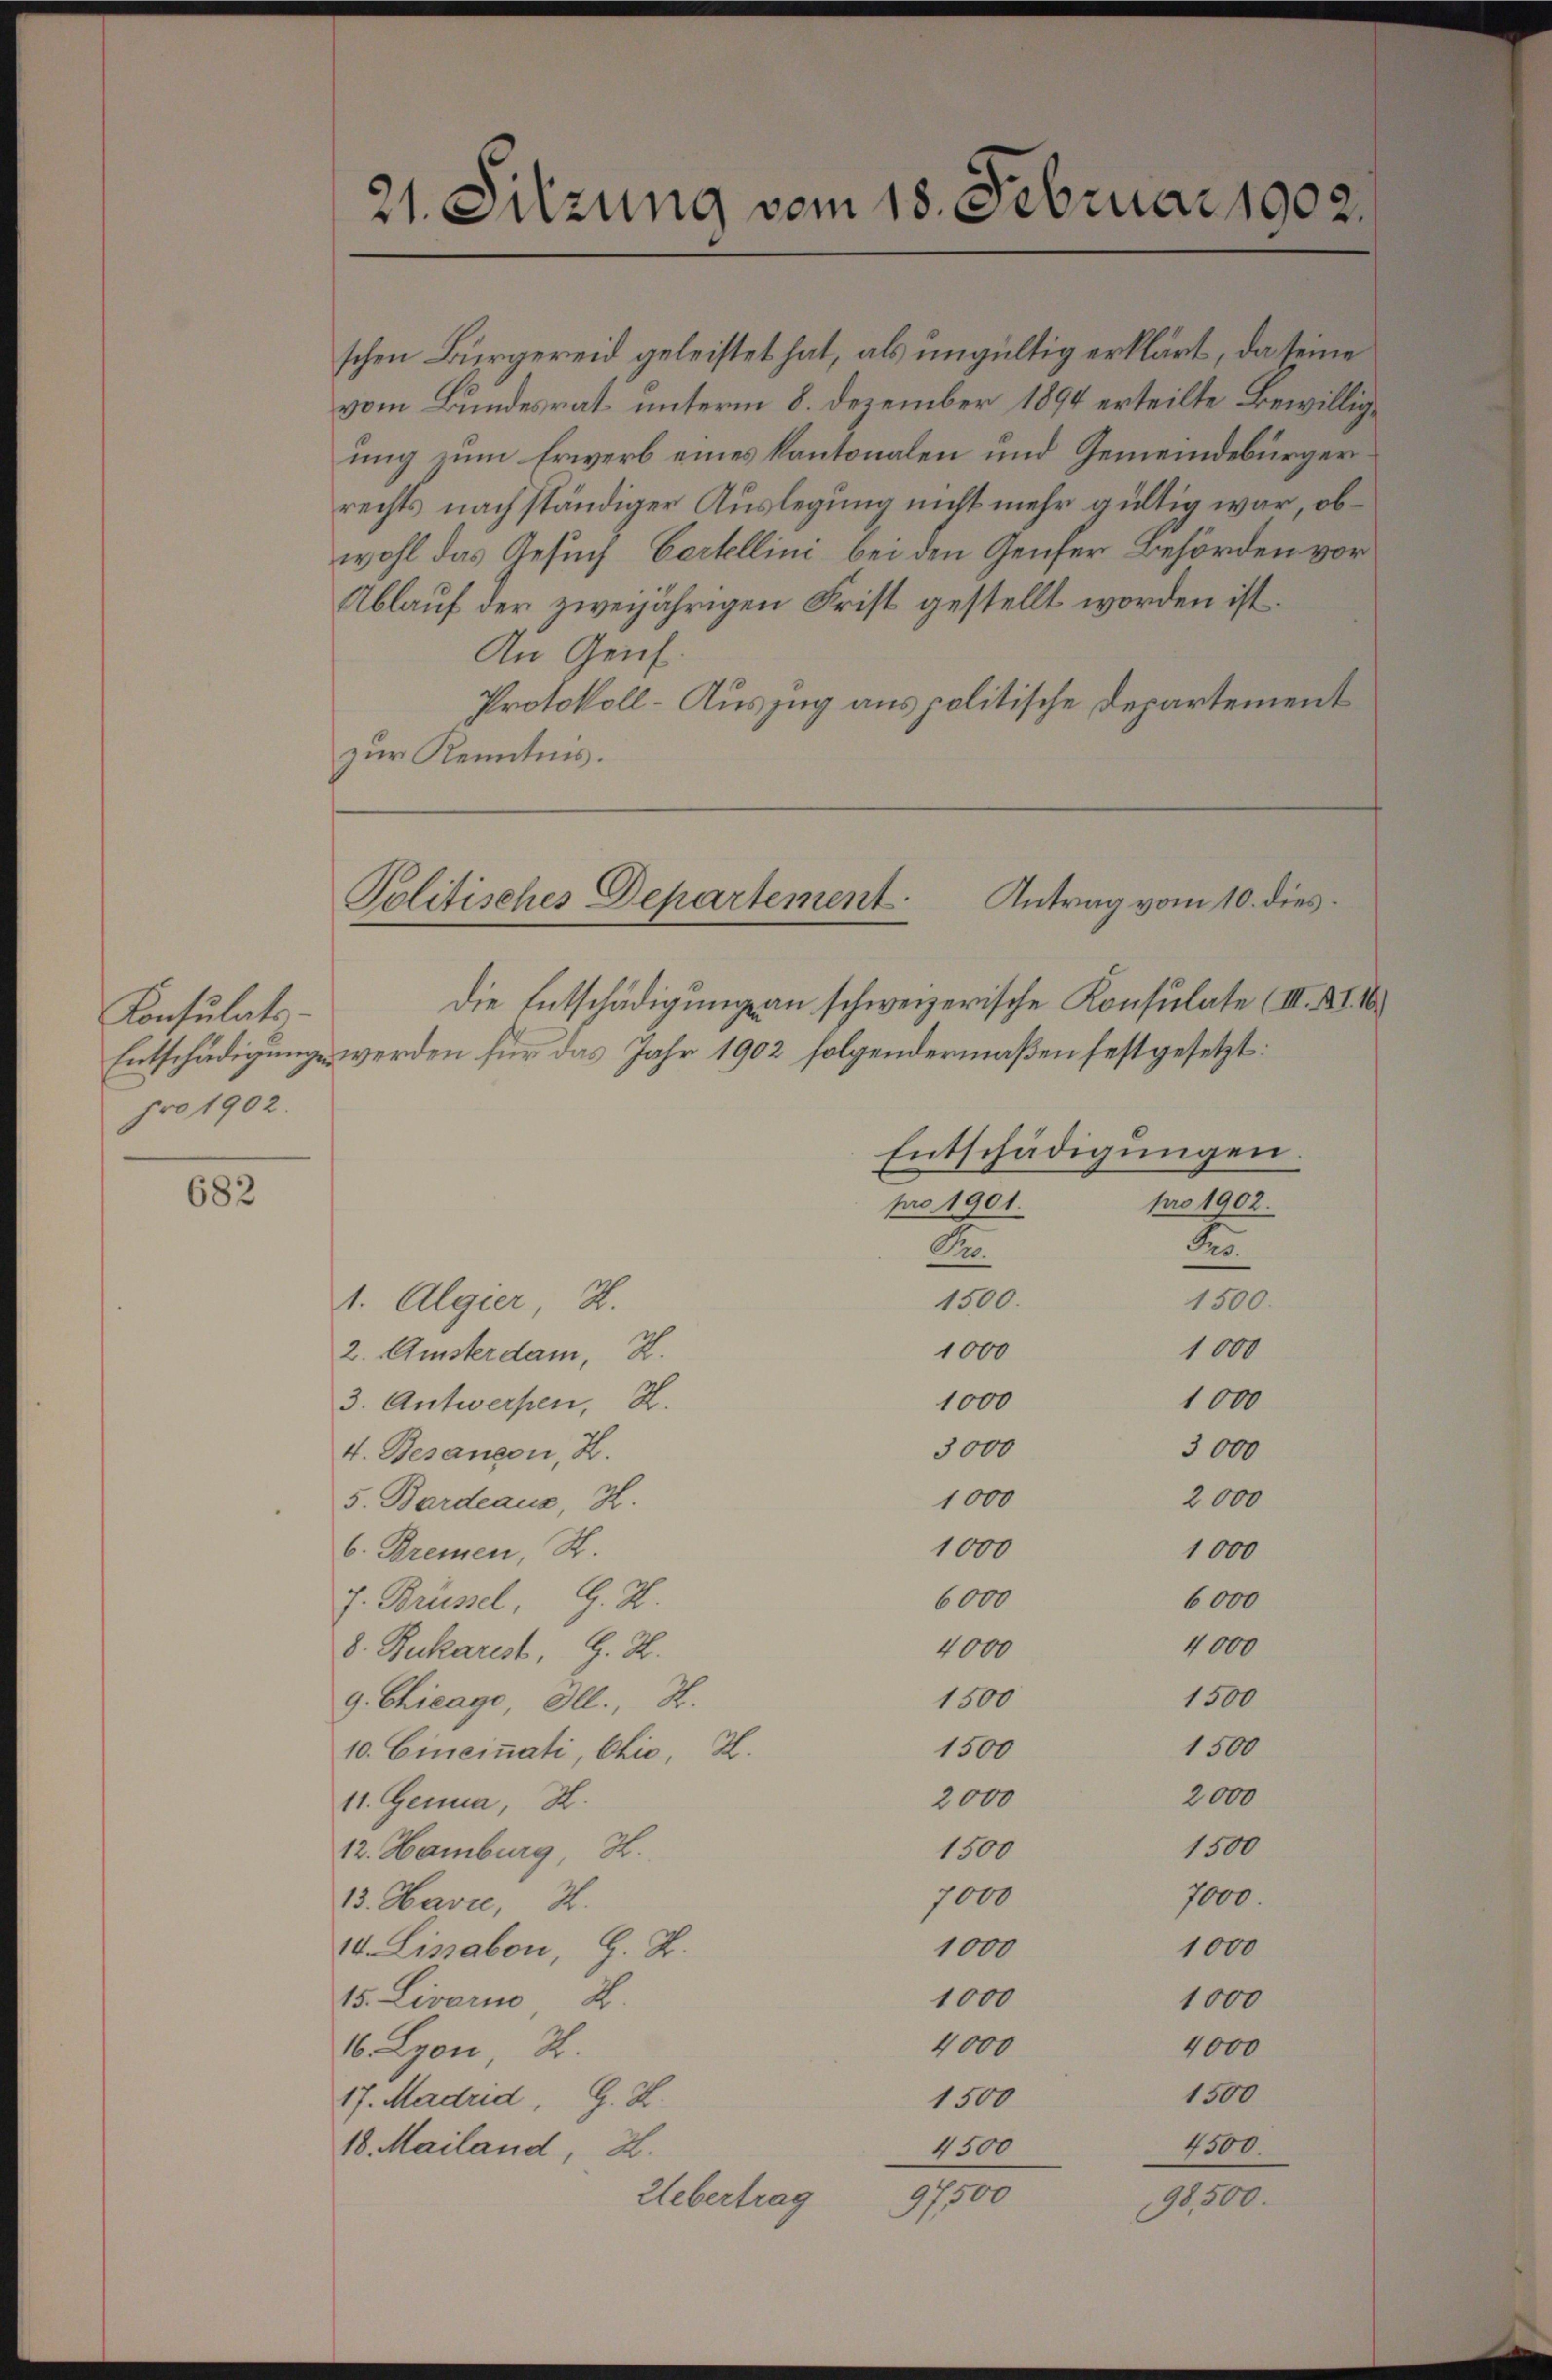
Konsulats-
pro 1902.

682

21. Sitzung vom 18. Februar 1902

schen Bürgereid geleistet hat, als ungültig erklärt, da seine
vom Bundesrat unterm 8. Dezember 1894 erteilte Bewilligung zum Erwerb eines Kantonalen und Gemeindebürger
rechts nach ständiger Auslegung nicht mehr gültig war, ob
wohl das Gesuch Cartellini bei den Genfer Behörden vor
Ablauf der zweijährigen Frist gestellt worden ist.
An Genf.
Protokoll-Auszug aus politische Departement
zur Kenntnis.

Die Entschädigung an schweizerische Konsulate (III. XI. 16.
Entschädigung werden für das Jahr 1902 folgendermaßen festgesetzt:
Entschädigungen.
pro 1901.
Dr.
1500.
1500.
1. Algier, 4.
1000
1000
2. Amsterdam, 2.
1000
1000
3. Antwerpen, H.
3000
3000
4. Besançon, H.
1000
2000
5. Bardeaus, H.
1000
1000
6. Bremen, St.
6000
6000
J. Brüssel, G. H.
4000
4000
8. Rukarest, G. H.
1500
1500
9. Chicage, Ill., S.
1500
1500
10. Eineinati, Chio, H.
2000
2000
11. Genua, H.
1500
1500
12. Hamburg, H.
7000
7000.
13. Havre, S.
1000
1000
14. Lissabon, G. B.
1000
1000
15. Livorn 2.
4000
4000
16. Lyon, 2.
1500
17. Madrid, G. H.
1500
4300.
1500
18. Mailand, 2.
97500
Uebertrag
98,500.

Antrag vom 10. dies
Politisches Departement.

pro 1902.
Per.